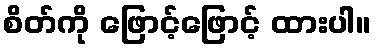
စိတ်ကို ဖြောင့်ဖြောင့် ထားပါ။